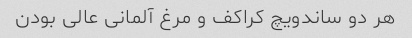
هر دو ساندویچ کراکف و مرغ آلمانی عالی بودن